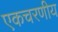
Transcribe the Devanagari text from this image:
एकचरणीय